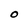
Character: O